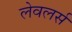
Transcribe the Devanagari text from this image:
लेवलर्स